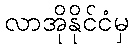
လာအိုနိုင်ငံမှ